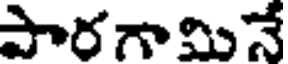
పారగామినే